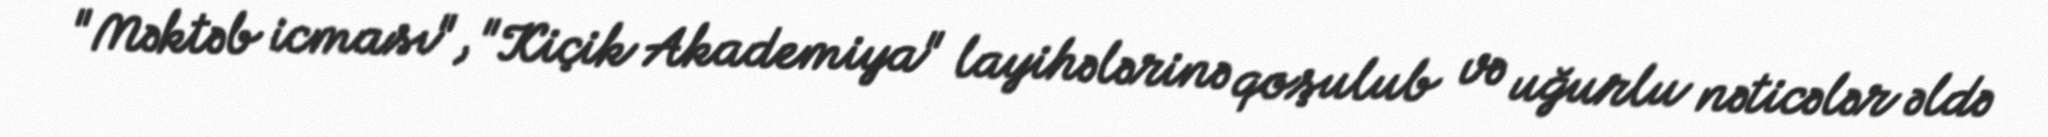
"Məktəb icması", "Kiçik Akademiya" layihələrinə qoşulub və uğurlu nəticələr əldə